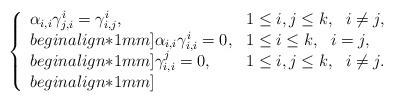
LaTeX: \begin{align*}\left\{\begin{array}{ll}\alpha_{i,i}\gamma_{j,i}^i=\gamma_{i,j}^i,&1\leq i,j\leq k, \ \ i\neq j,\\begin{align*}1mm]\alpha_{i,i}\gamma_{i,i}^i=0,&1\leq i\leq k, \ \ i= j,\\begin{align*}1mm]\gamma_{i,i}^j=0,&1\leq i,j\leq k, \ \ i\neq j.\\begin{align*}1mm]\end{array}\right.\end{align*}